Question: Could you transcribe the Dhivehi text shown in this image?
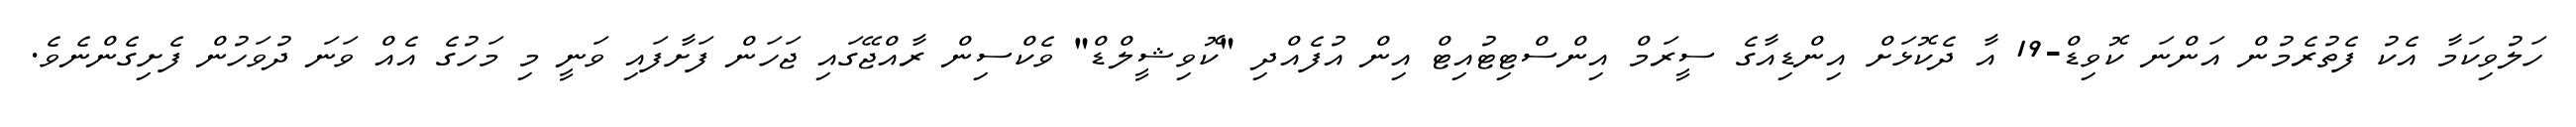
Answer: ހަލުވިކަމާ އެކު ފެތުރެމުން އަންނަ ކޮވިޑް-19 އާ ދެކޮޅަށް އިންޑިއާގެ ސީރަމް އިންސްޓިޓުއިޓް އިން އުފެއްދި "ކޮވިޝީލްޑް" ވެކްސިން ރާއްޖޭގައި ޖަހަން ފަށާފައި ވަނީ މި މަހުގެ އެއް ވަނަ ދުވަހުން ފެށިގެންނެވެ.